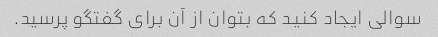
سوالی ایجاد کنید که بتوان از آن برای گفتگو پرسید.